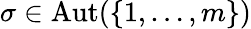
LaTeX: \sigma\in\operatorname{Aut}(\{ 1,\dots,m\} )